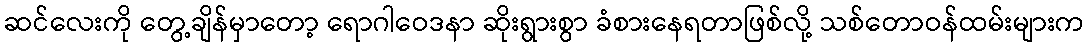
ဆင်လေးကို တွေ့ချိန်မှာတော့ ရောဂါဝေဒနာ ဆိုးရွားစွာ ခံစားနေရတာဖြစ်လို့ သစ်တောဝန်ထမ်းများက